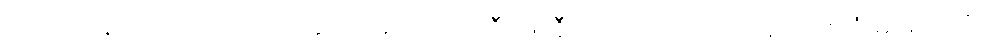
ယင်းသို့ နာကြည်းလာသည်နှင့်အမျှ အဘိုးကြီး ဖာနီဗယ် ပြောပြသည့် စကားလုံးများထဲကို